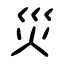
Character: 災